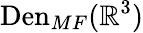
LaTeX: \mathrm{Den}_{MF}(\mathbb{R}^{3})